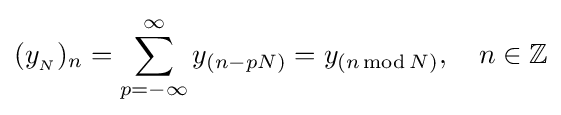
(y_{_{N}})_{n}=\sum _{p=-\infty }^{\infty }y_{(n-pN)}=y_{(n\operatorname {mod} N)},\quad n\in \mathbb {Z}